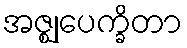
အဇ္ဈုပေက္ခိတာ